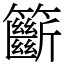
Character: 籪